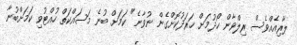
ލާރިއެއްވެސް ރިލްވާން ހޯދުމަށް ޚަރަދުކޮށްގެން ނުވާނެ" ކަމަށް ބުނެ މަސައްކަތް ހުއްޓުވި ކަމަށްބުނާ